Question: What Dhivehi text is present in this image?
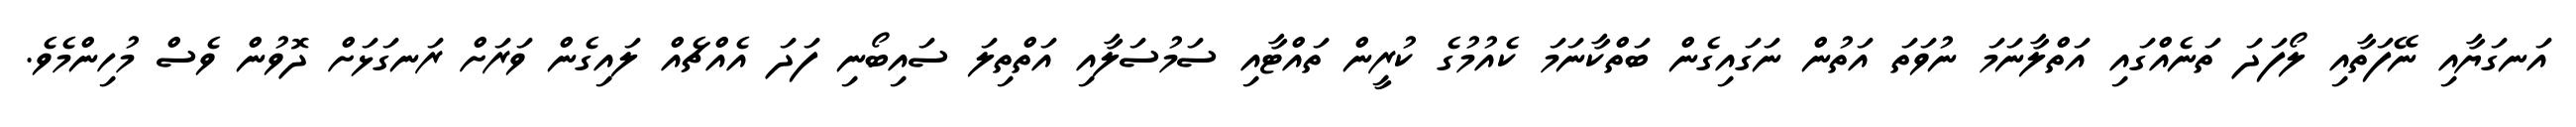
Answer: އަނގަޔާއި ނޭފަތާއި ލޯފަދަ ތަނެއްގައި އަތްލާނަމަ ނުވަތަ އަތުން ނަގައިގެން ބަތްކާނަމަ ކެއުމުގެ ކުރީން ތައްޓާއި ސަމުސަލާއި އަތްތިލަ ސައިބޯނި ފަދަ އެއްޗެއް ލައިގެން ވަރަށް ރަނގަޅަށް ދޮވުން ވެސް މުހިންމެވެ.